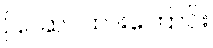
ပြင်ဆင်ထားကြောင်း